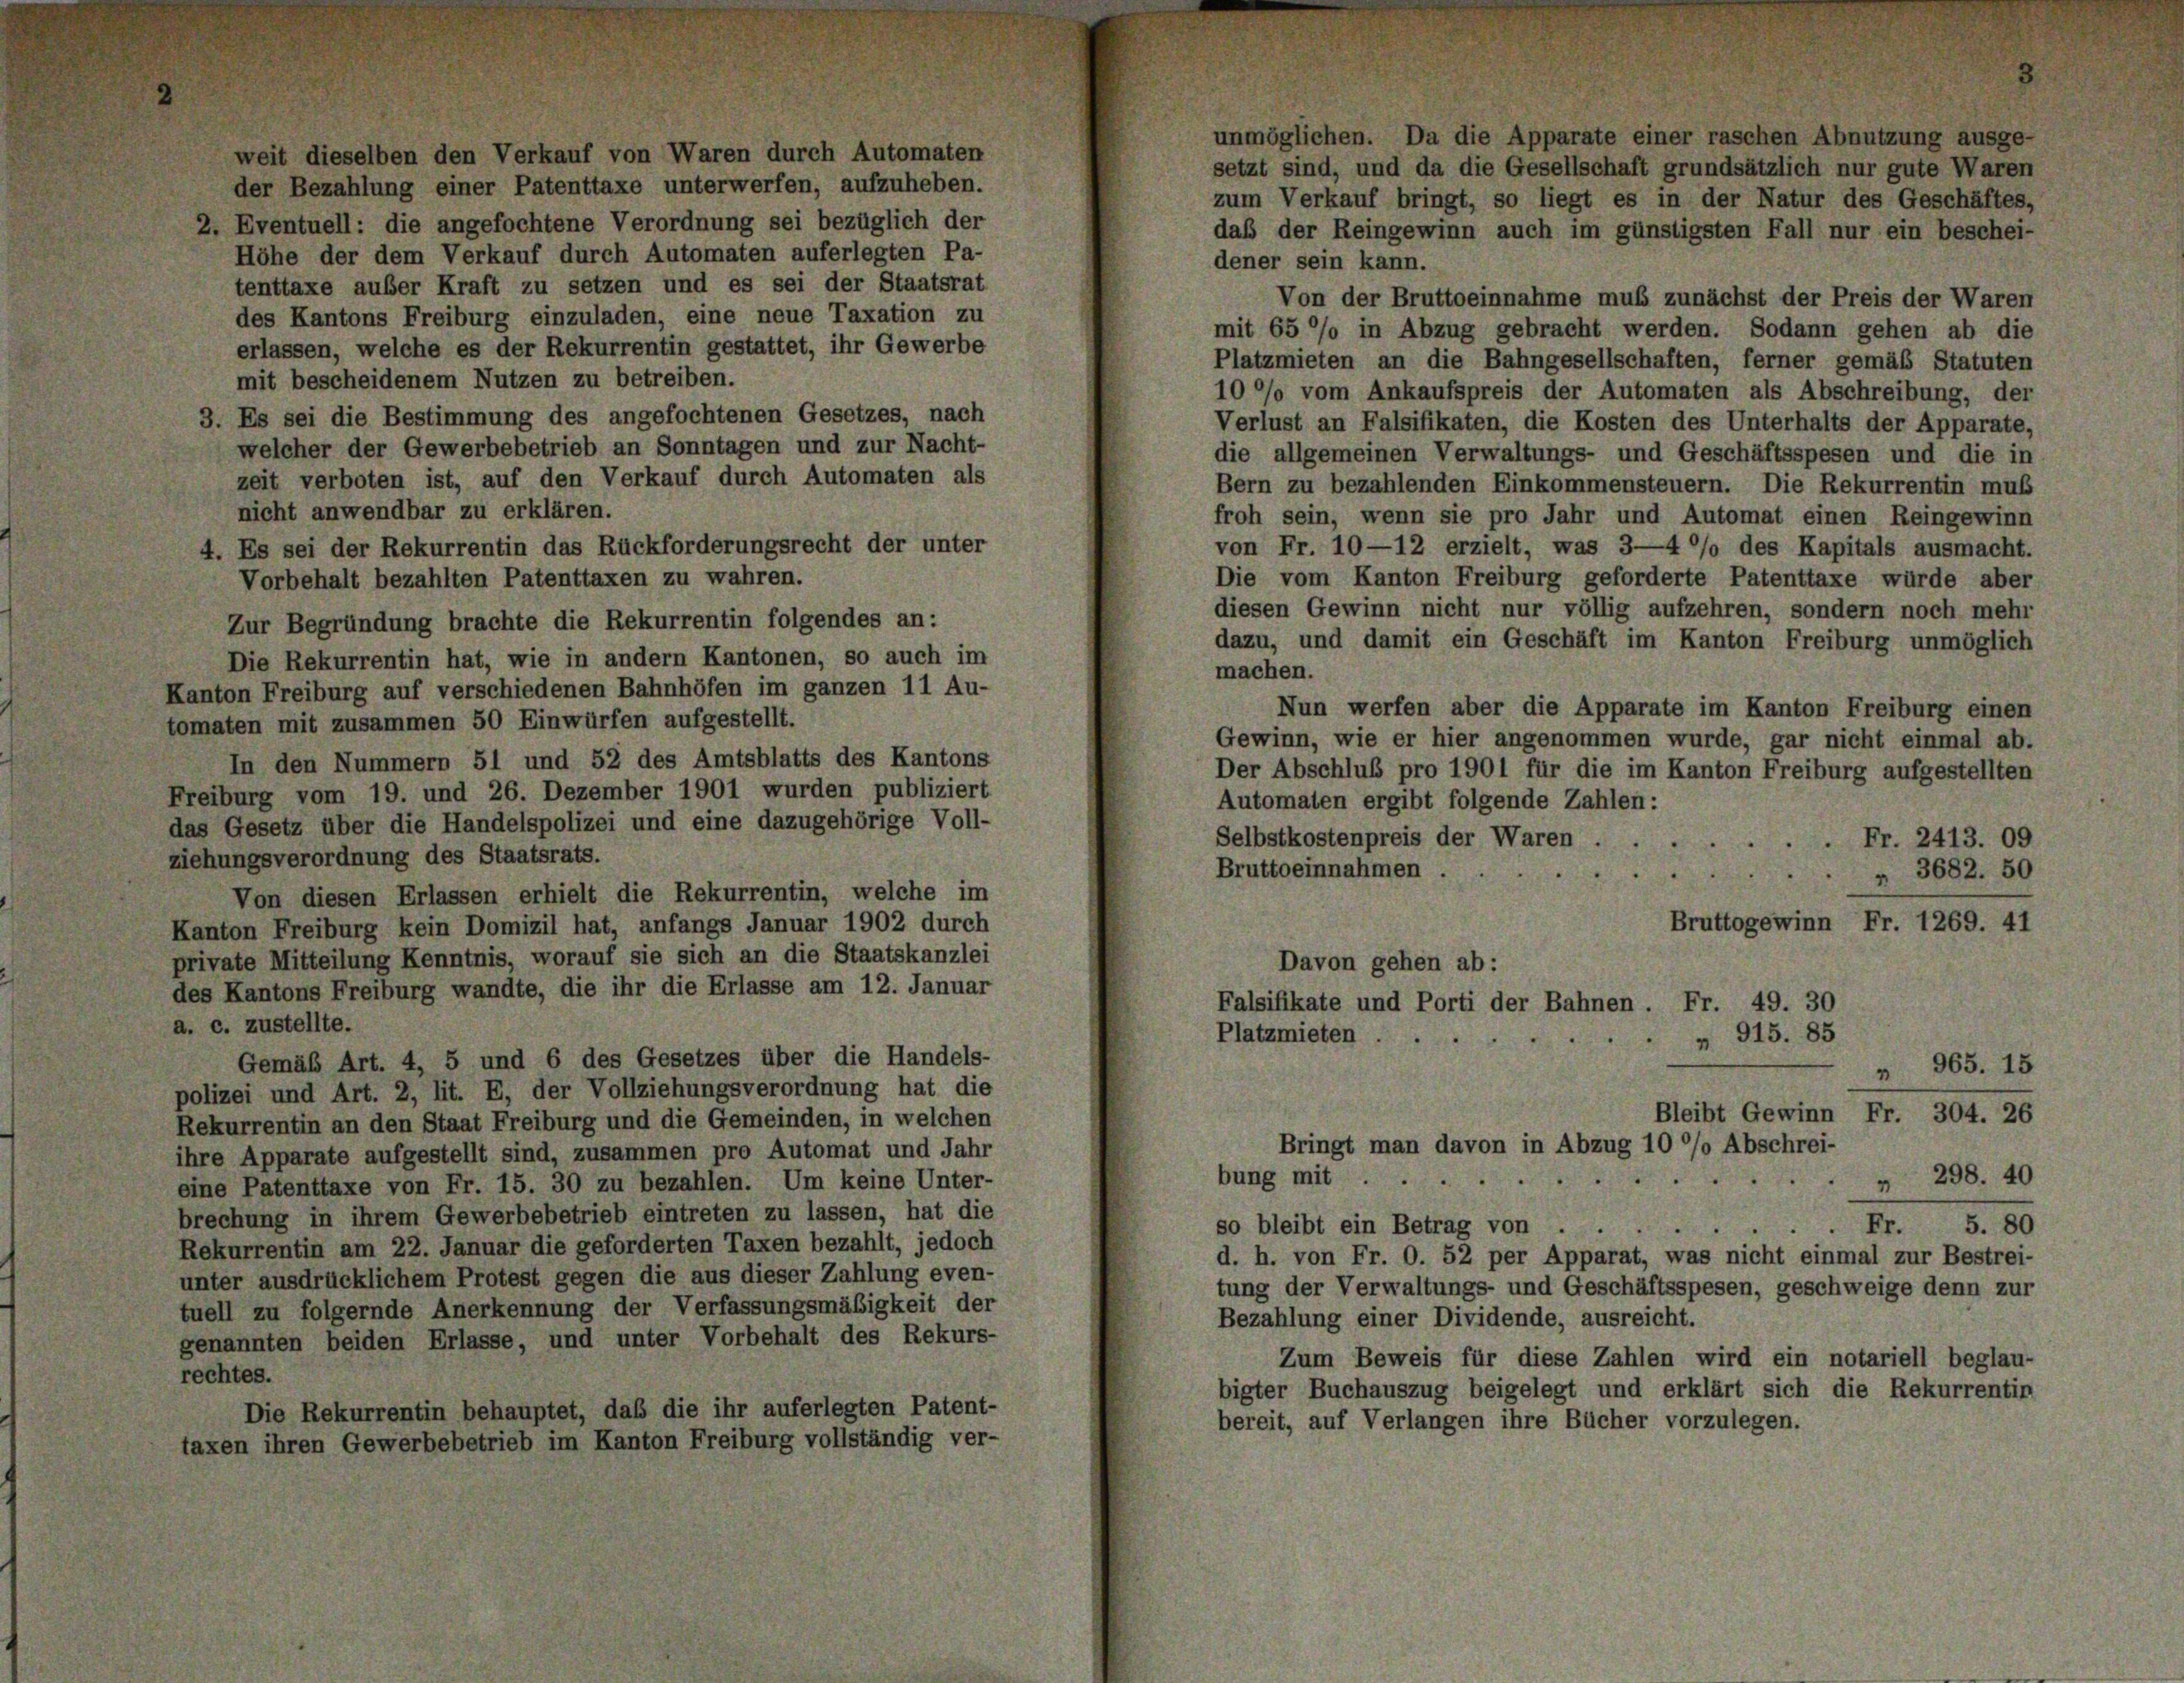
der Bezahlung einer Patenttaxe unterwerfen, aufzuheben.
2. Eventuell: die angefochtene Verordnung sei bezüglich der
Höhe der dem Verkauf durch Automaten auferlegten Pa-
dener sein kann.
tenttaxe außer Kraft zu setzen und es sei der Staatsrat
Von der Bruttoeinnahme muß zunächst der Preis der Waren
des Kantons Freiburg einzuladen, eine neue Taxation zu
mit 65 °/o in Abzug gebracht werden. Sodann gehen ab die
erlassen, welche es der Rekurrentin gestattet, ihr Gewerbe
Platzmieten an die Bahngesellschaften, ferner gemäß Statuten
mit bescheidenem Nutzen zu betreiben.
10 °/o vom Ankaufspreis der Automaten als Abschreibung, der
3. Es sei die Bestimmung des angefochtenen Gesetzes, nach
Verlust an Falsifikaten, die Kosten des Unterhalts der Apparate,
welcher der Gewerbebetrieb an Sonntagen und zur Nacht-
die allgemeinen Verwaltungs- und Geschäftsspesen und die in
zeit verboten ist, auf den Verkauf durch Automaten als
Bern zu bezahlenden Einkommensteuern. Die Rekurrentin muß
nicht anwendbar zu erklären.
froh sein, wenn sie pro Jahr und Automat einen Reingewinn
von Fr. 10—12 erzielt, was 3—40% des Kapitals ausmacht.
4. Es sei der Rekurrentin das Rückforderungsrecht der unter
Die vom Kanton Freiburg geforderte Patenttaxe würde aber
Vorbehalt bezahlten Patenttaxen zu wahren.
diesen Gewinn nicht nur völlig aufzehren, sondern noch mehr
Zur Begründung brachte die Rekurrentin folgendes an:
dazu, und damit ein Geschäft im Kanton Freiburg unmöglich
Die Rekurrentin hat, wie in andern Kantonen, so auch im
machen.
Kanton Freiburg auf verschiedenen Bahnhöfen im ganzen 11 Au-
Nun werfen aber die Apparate im Kanton Freiburg einen
maten mit zusammen 50 Einwürfen aufgestellt.
Gewinn, wie er hier angenommen wurde, gar nicht einmal ab.
In den Nummern 51 und 52 des Amtsblatts des Kantons
Der Abschluß pro 1901 für die im Kanton Freiburg aufgestellten
Freiburg vom 19. und 26. Dezember 1901 wurden publiziert
Automaten ergibt folgende Zahlen:
las Gesetz über die Handelspolizei und eine dazugehörige Voll-
Selbstkostenpreis der Waren.
 Fr. 2413. 09
ziehungsverordnung des Staatsrats.
Bruttoeinnahmen .
" 3682. 50
Von diesen Erlassen erhielt die Rekurrentin, welche im
Bruttogewinn Fr. 1269. 41
Kanton Freiburg kein Domizil hat, anfangs Januar 1902 durch
private Mitteilung Kenntnis, worauf sie sich an die Staatskanzlei
Davon gehen ab:
des Kantons Freiburg wandte, die ihr die Erlasse am 12. Januar
Falsifikate und Porti der Bahnen. Fr. 49. 30
a. c. zustellte.
Platzmieten
 915. 85
Gemäß Art. 4, 5 und 6 des Gesetzes über die Handels-
 965. 15
polizei und Art. 2, lit. E, der Vollziehungsverordnung hat die
Bleibt Gewinn Fr. 304. 26
Rekurrentin an den Staat Freiburg und die Gemeinden, in welchen
Bringt man davon in Abzug 10 °/o Abschrei-
ihre Apparate aufgestellt sind, zusammen pro Automat und Jahr
bung mit
 298. 40
eine Patenttaxe von Fr. 15. 30 zu bezahlen. Um keine Unter-
brechung in ihrem Gewerbebetrieb eintreten zu lassen, hat die
Fr. 5. 80
so bleibt ein Betrag von
Rekurrentin am 22. Januar die geforderten Taxen bezahlt, jedoch
d. h. von Fr. O. 52 per Apparat, was nicht einmal zur Bestrei-
unter ausdrücklichem Protest gegen die aus dieser Zahlung even-
tung der Verwaltungs- und Geschäftsspesen, geschweige denn zur
tuell zu folgernde Anerkennung der Verfassungsmäßigkeit der
Bezahlung einer Dividende, ausreicht.
genannten beiden Erlasse, und unter Vorbehalt des Rekurs-
Zum Beweis für diese Zahlen wird ein notariell beglau-
rechtes.
bigter Buchauszug beigelegt und erklärt sich die Rekurrentin
Die Rekurrentin behauptet, daß die ihr auferlegten Patent-
bereit, auf Verlangen ihre Bücher vorzulegen.
taxen ihren Gewerbebetrieb im Kanton Freiburg vollständig ver-

weit dieselben den Verkauf von Waren durch Automaten

möglichen. Da die Apparate einer raschen Abnutzung ausge-
setzt sind, und da die Gesellschaft grundsätzlich nur gute Waren
zum Verkauf bringt, so liegt es in der Natur des Geschäftes,
daß der Reingewinn auch im günstigsten Fall nur ein beschei-